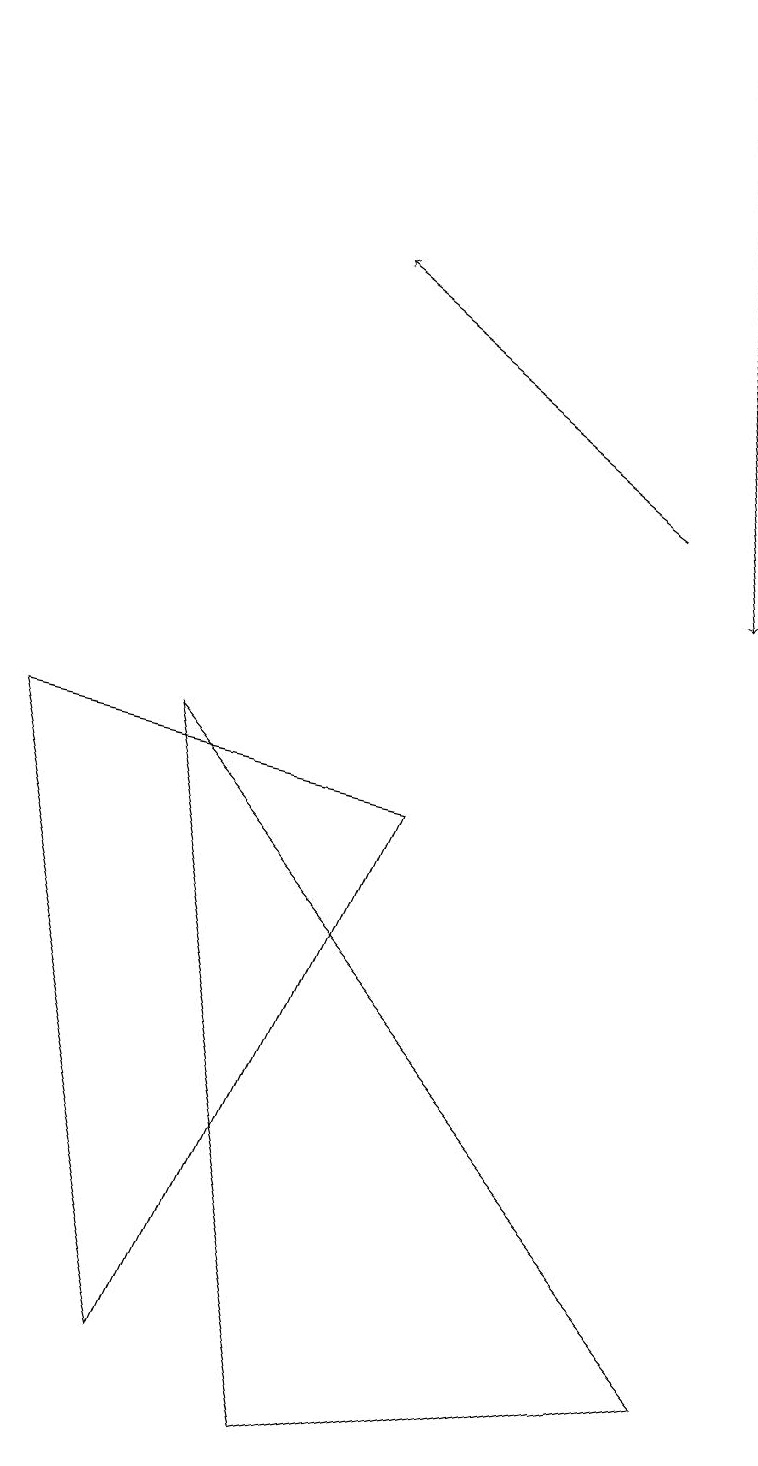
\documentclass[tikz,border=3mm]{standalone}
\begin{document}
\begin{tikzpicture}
\draw[->] (8,12) -- (4,15);
\draw (0,9) -- (2,1) -- (5,8) -- cycle;
\draw (2,9) -- (9,1) -- (4,0) -- cycle;
\draw[->] (8,18) -- (9,11);
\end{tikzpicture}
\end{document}